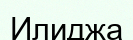
Илиджа